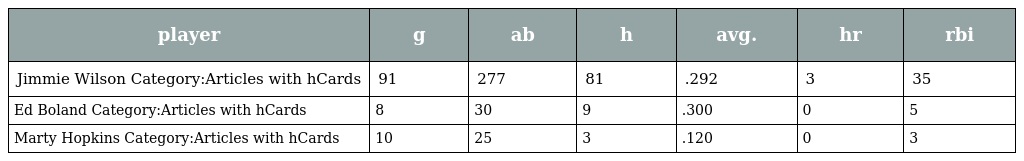
| player | g | ab | h | avg. | hr | rbi |
 | --- | --- | --- | --- | --- | --- | --- |
 | Jimmie Wilson Category:Articles with hCards | 91 | 277 | 81 | .292 | 3 | 35 |
 | Ed Boland Category:Articles with hCards | 8 | 30 | 9 | .300 | 0 | 5 |
 | Marty Hopkins Category:Articles with hCards | 10 | 25 | 3 | .120 | 0 | 3 |